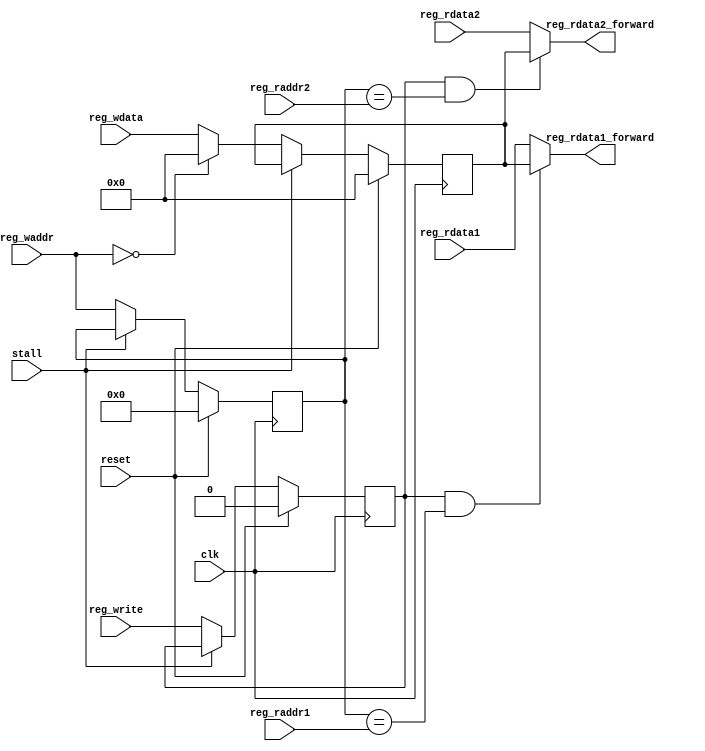
module forward (
    input clk,
    input reset,
    input stall,
    input [4:0] reg_waddr,
    input [31:0] reg_wdata,
    input reg_write,
    input [4:0] reg_raddr1,
    input [31:0] reg_rdata1,
    input [4:0] reg_raddr2,
    input [31:0] reg_rdata2,
    output reg [31:0] reg_rdata1_forward,
    output reg [31:0] reg_rdata2_forward
);
    reg [4:0] reg_waddr_buffer;
    reg reg_write_buffer;
    reg [31:0] reg_wdata_buffer;

    always @(posedge clk) begin
        if (reset) begin
            reg_waddr_buffer <= 0;
            reg_wdata_buffer <= 0;
            reg_write_buffer <= 0;
        end
        else if (~stall) begin
            reg_waddr_buffer <= reg_waddr;
            if (reg_waddr == 0)
                reg_wdata_buffer <= 0;
            else
                reg_wdata_buffer <= reg_wdata;
            reg_write_buffer <= reg_write;
        end
    end

    always @* begin
        if (reg_write_buffer & (reg_waddr_buffer == reg_raddr1))
            reg_rdata1_forward = reg_wdata_buffer;
        else
            reg_rdata1_forward = reg_rdata1;
        if (reg_write_buffer & (reg_waddr_buffer == reg_raddr2))
            reg_rdata2_forward = reg_wdata_buffer;
        else
            reg_rdata2_forward = reg_rdata2;
    end

endmodule